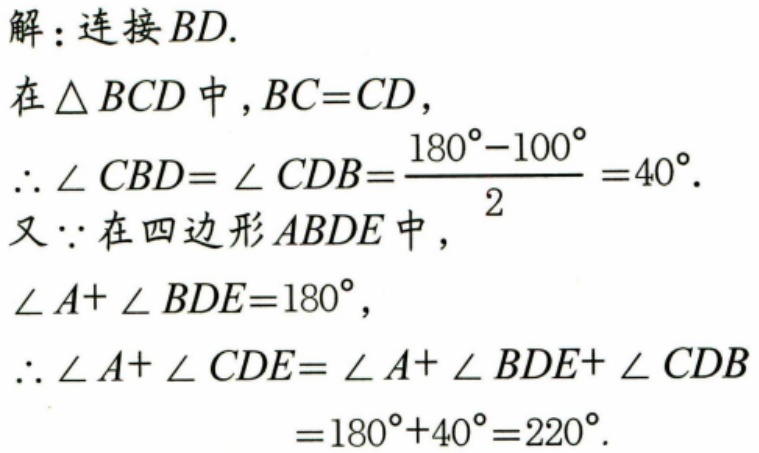
解：连接\(BD\).
在\(\triangle BCD\)中，\(BC = CD\)，
\(\therefore\angle CBD=\angle CDB=\frac{180^{\circ}-100^{\circ}}{2}=40^{\circ}\).
又\(\because\)在四边形\(ABDE\)中，
\(\angle A+\angle BDE = 180^{\circ}\)，
\(\therefore\angle A+\angle CDE=\angle A+\angle BDE+\angle CDB\)
\(=180^{\circ}+40^{\circ}=220^{\circ}\).